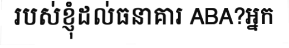
របស់ខ្ញុំដល់ធនាគារ ABA?អ្នក